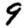
Digit: 9